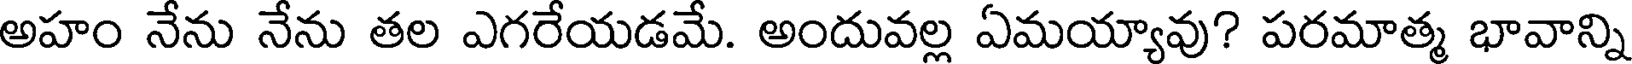
అహం నేను నేను తల ఎగరేయడమే. అందువల్ల ఏమయ్యావు? పరమాత్మ భావాన్ని